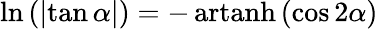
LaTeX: \ln\left(\left|\tan\alpha\right|\right)=-\operatorname{artanh}\left(\cos 2\alpha\right)